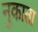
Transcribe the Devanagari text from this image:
नुकाता